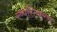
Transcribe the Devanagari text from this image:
स्ष्पस्टिकरण